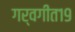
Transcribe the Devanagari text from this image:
गर्वगीत१९